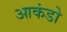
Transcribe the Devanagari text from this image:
आकंडो